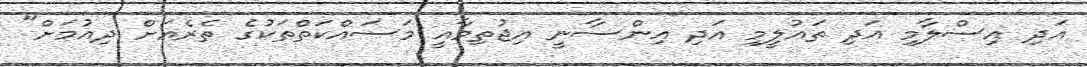
އަދި އިސްލާމި އަދި ތައުލީމި އަދި އިންސާނީ އިޖުތިމާއީ މަސައްކަތްތަކުގެ ތެރެއަށް ދިއުމަށް"